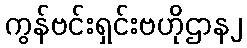
ကွန်ဗင်းရှင်းဗဟိုဌာန၂